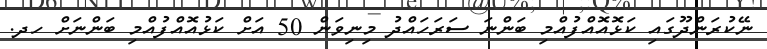
ނޭކުރަންދޫގައި ކަޅޮއޮއްފުއްމި ބަންނަ ސަރަހައްދު މިނިވަން 50 އަށް ކަޅުއޮއްފުއްމި ބަންނަށް ހދ.